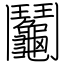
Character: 鬮